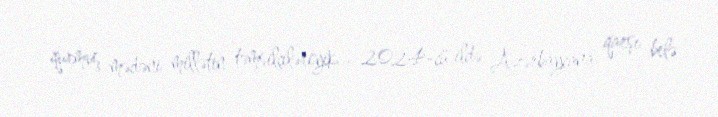
qurmuş mədəni millətin təmsilçiləriyik... 2024-cü ildə Azərbaycana qarşı belə